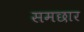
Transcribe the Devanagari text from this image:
समछार